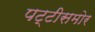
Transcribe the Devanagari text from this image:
पट्टीसमोर